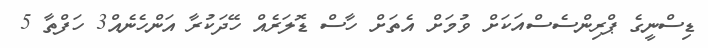
ޑިސްނީގެ ޕްރިންސެސްއަކަށް ވުމަށް އެތަށް ހާސް ޑޮލަރެއް ހޭދަކުރާ އަންހެނެއް3 ހަފްތާ 5